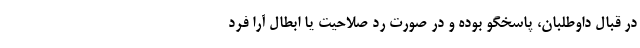
در قبال داوطلبان، پاسخگو بوده و در صورت رد صلاحیت یا ابطال آرا فرد